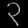
Digit: ၃